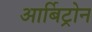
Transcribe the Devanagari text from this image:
आर्बिट्रोन